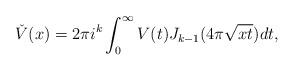
LaTeX: \begin{align*} \check V(x)=2\pi i^k\int_0^\infty V(t)J_{k-1}(4\pi\sqrt{xt})dt,\end{align*}